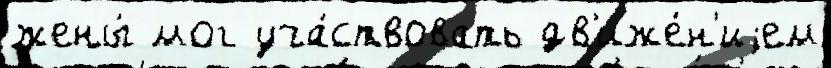
жены́ мог уча́ствовать дв'иже́н'иjем